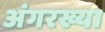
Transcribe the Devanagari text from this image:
अंगरख्या